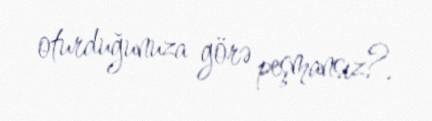
oturduğunuza görə peşmansız?.